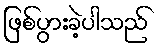
ဖြစ်ပွားခဲ့ပါသည်